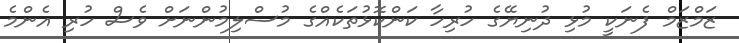
ޒަމްޒަމް ފެނަކީ މުޅި ދުނިޔޭގެ ހުރިހާ ކަންކޮޅުތަކެއްގެ މުސްލިމުންނަށް ވެސް ހުރި އެންމެ